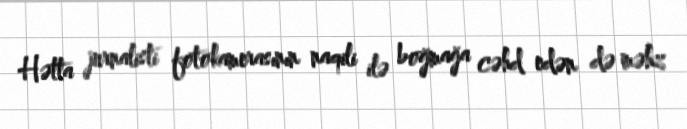
Hətta jurnalisti fotokamerasının naqili ilə boğmağa cəhd edən də məhz